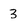
Character: 3